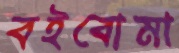
বইবোমা